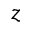
z